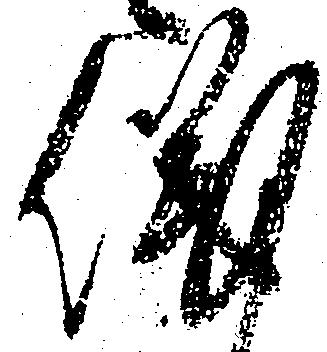
儀